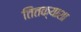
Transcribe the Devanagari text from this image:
तितक्याशा